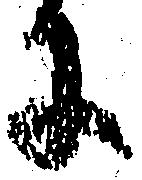
に